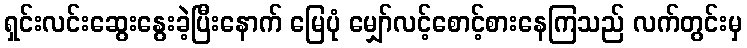
ရှင်းလင်းဆွေးနွေးခဲ့ပြီးနောက် မြေပုံ မျှော်လင့်စောင့်စားနေကြသည် လက်တွင်းမှ